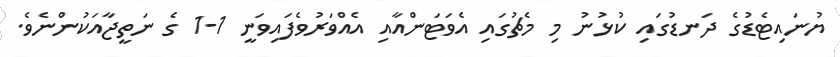
ޔުނައިޓެޑުގެ ދަނޑުގައި ކުޅުނު މި މެޗުގައި އެވަޓަންއާއި އެއްވަރުވެފައިވަނީ 1-1 ގެ ނަތީޖާއަކުންނެވެ.